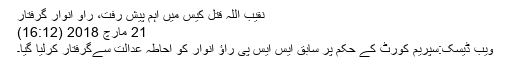
نقیب اللہ قتل کیس میں اہم پیش رفت، راو انوار گرفتار
21 مارچ 2018 (16:12)
ویب ڈیسک:سپریم کورٹ کے حکم پر سابق ایس ایس پی راؤ انوار کو احاطہ عدالت سےگرفتار کرلیا گیا۔